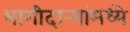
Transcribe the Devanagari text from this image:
भागीदार्‍यांमध्ये